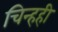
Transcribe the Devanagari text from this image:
चिन्हही